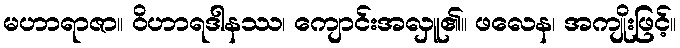
မဟာရာဇာ။ ဝိဟာရဒါနဿ၊ ကျောင်းအလှူ၏။ ဖလေန၊ အကျိုးဖြင့်။